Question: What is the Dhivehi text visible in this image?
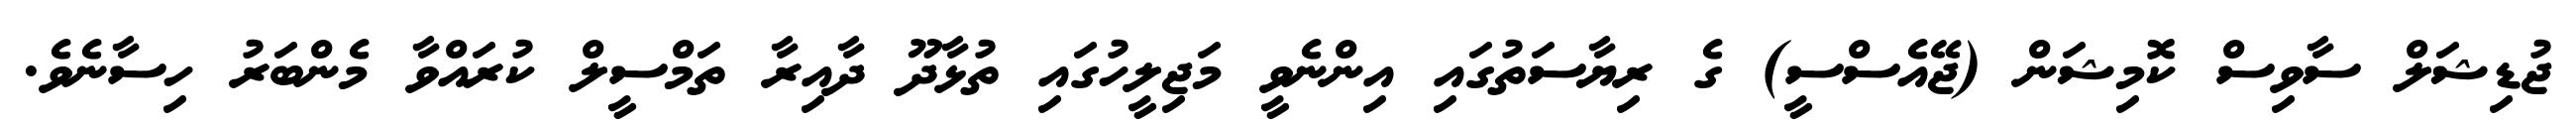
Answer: ޖުޑިޝަލް ސާވިސް ކޮމިޝަން (ޖޭއެސްސީ) ގެ ރިޔާސަތުގައި އިންނެވީ މަޖިލީހުގައި ތުޅާދޫ ދާއިރާ ތަމްސީލް ކުރައްވާ މެންބަރު ހިސާނެވެ.